Report on the administration of the Government Cinchona Department 1892-98
Year: 1892
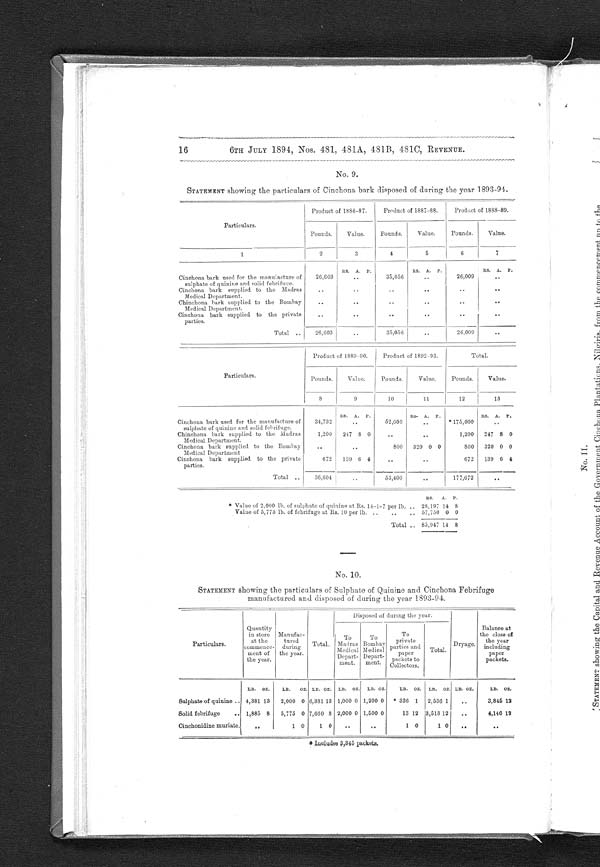
16
6TH JULY 1894, Nos. 481, 481A, 481B, 481C, REVENUE.
No. 9.
STATEMENT showing the particulars of Cinchona bark disposed of during the year 1893-94.
Particulars.
Product of 1886-87.
Product of 1887-88.
Product of 1888-89.
Pounds.
Value.
Pounds.
Value.
Pounds.
Value.
1
2
3
4
5
6
7
Rs. A. P.
Rs A.
P.
RS.
A.
P.
Cinchona bark used for the manufacture of
sulphate of quinine and solid febrifuge.
26,603
. .
35,056
..
26,009
. .
Cinchona bark supplied to the Madras
. .
. .
..
. .
.. .
. .
Medical Department.
Chinchona bark supplied to the Bombay
. .
..
..
..
..
..
Medical Department.
Cinchona bark supplied to the private
parties.
. .
. .
..
. .
..
..
Total
. .
26,603
..
35,056
. .
26,009
. .
Particulars.
Product of 1889-90.
Product of 1892-93.
Total.
Pounds.
Value.
Pounds.
Value.
Pounds.
Value.
8
9
10
11
12
13
RS.
A.
P.
RS-
A.
P.
Rs.
A.
P.
Cinchona bark used for the manufacture of
sulphate of quinine and solid febrifuge.
34,732
..
52,600
..
* 175,000
• .
Chinehona hark supplied to the Madras
1,200
247 8 0
. .
.. .
1,200
247 8 0
Medical Department.
Cinchona bark supplied to the
B o m b a y
..
..
800
320 0 0
800
320 0 0
Medical Department
Cinchona bark supplied to the private
parties.
672
139 6
4
. .
. •
672
139 6 4
Total ..
36,604..
53,400
..
177,672
. .
RS.
A.
P.
Value of 2,000 lb. of sulphate of quinine at Rs. 14-1-7 per lb. .. 28,197 14 8
Value of 5,775 lb. of febrifuge at Rs. 10 per lb. ..
..
.. 57,750 0 0
Total .. 85,947 14 8
No. 10.
STATEMENT showing the particulars of Sulphate of Quinine and Cinchona Febrifuge
manufactured and disposed of during the year 1893-94.
Disposed of during the year.
Particulars.
Quantity
in store
at the
commence-
ment of
the year.
Manufac-
tured
during
the year.
Total.
To
Madras
Medical
Depart-
ment .
To
Bomba y
Medical
Depart-
ment.
To
private
parties and
paper
packets to
Collectors.
Total.
Dryage.
Balance at
the close of
the year
including
paper
packets.
LB.
OZ.
LB.
OZ. LB. OZ.
LB.
OZ.
LB. OZ.
LB.
OZ.
LB.
OZ. LB. OZ.
LB.
oz .
Sulphate of quinine .. 4,381 13
2,000 0 6,381 13 1,000 0 1,200 0
* 336 1
2,536 1
..
3,845 12
Solid febrifuge
.. 1,885 8
5,775 0 7,660 8 2,000 0 1,500 0
13 12 3,513 12
..
4,146 12
Cinchonidine muriate.
. .
1 0
1 0
..
. .
1 0
1 0
-
••
Includes 3,345 packet.